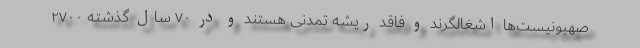
صهیونیست‌ها اشغالگرند و فاقد ریشه تمدنی هستند و در ۷۰ سال گذشته ۲۷۰۰